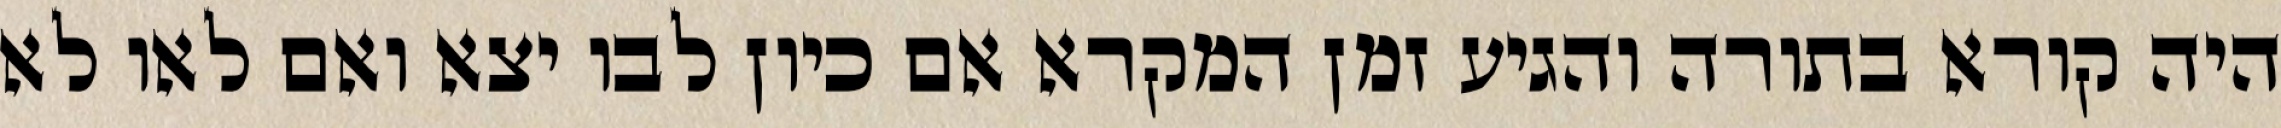
היה קורא בתורה והגיע זמן המקרא אם כיון לבו יצא ואם לאו לא